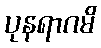
ပုနရာဂမိ